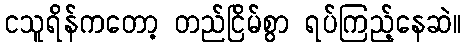
ငသူရိန်ကတော့ တည်ငြိမ်စွာ ရပ်ကြည့်နေဆဲ။